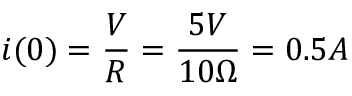
i ( 0 ) = \frac { V } { R } = \frac { 5 V } { 1 0 \Omega } = 0 . 5 A